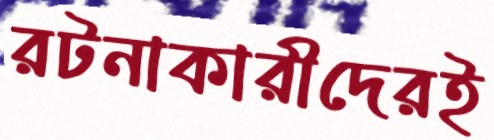
রটনাকারীদেরই